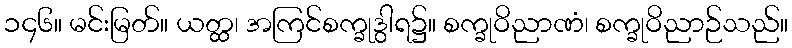
၁၄၆။ မင်းမြတ်။ ယတ္ထ၊ အကြင်စက္ခုဒွါရ၌။ စက္ခုဝိညာဏံ၊ စက္ခုဝိညာဉ်သည်။